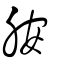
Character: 胺